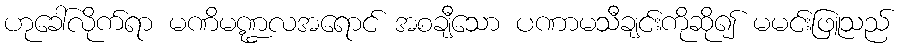
ဟုခေါ်လိုက်ရာ မဏိမဏ္ဍလအရောင် အစချီသော ပဏာမသီချင်းကိုဆို၍ မမင်းဖြူသည်